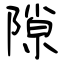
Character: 隙